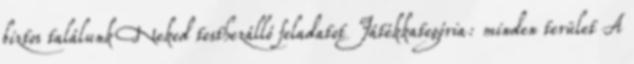
biztos találunk Neked testhezálló feladatot Játékkategória: minden terület A